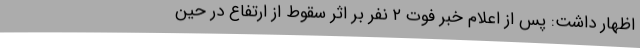
اظهار داشت: پس از اعلام خبر فوت ۲ نفر بر اثر سقوط از ارتفاع در حین